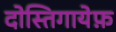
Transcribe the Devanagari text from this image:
दोस्तिगायेफ़